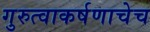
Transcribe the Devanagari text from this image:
गुरुत्वाकर्षणाचेच